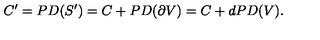
C ^ { \prime } = P D ( S ^ { \prime } ) = C + P D ( \partial V ) = C + d P D ( V ) .